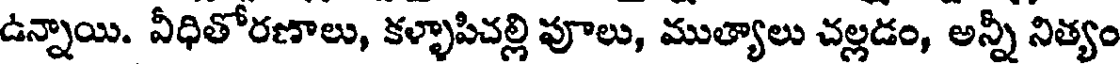
ఉన్నాయి. వీధితోరణాలు, కళ్ళాపిచల్లి పూలు, ముత్యాలు చల్లడం, అన్నీ నిత్యం